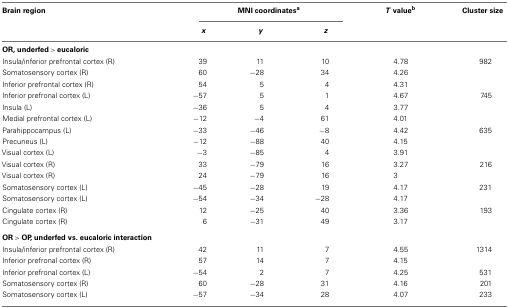
| Brain region | <COLSPAN=3> MNI coordinatesa | T valueb | Cluster size |
 |  | x | y | z |  |
 | --- | --- | --- | --- | --- | --- |
 | OR, underfed > eucaloric |
 | Insula/inferior prefrontal cortex (R) | 39 | 11 | 10 | 4.78 | 982 |
 | Somatosensory cortex (R) | 60 | −28 | 34 | 4.26 |  |
 | Inferior prefrontal cortex (R) | 54 | 5 | 4 | 4.31 |  |
 | Inferior prefronal cortex (L) | −57 | 5 | 1 | 4.67 | 745 |
 | Insula (L) | −36 | 5 | 4 | 3.77 |  |
 | Medial prefrontal cortex (L) | −12 | −4 | 61 | 4.01 |  |
 | Parahippocampus (L) | −33 | −46 | −8 | 4.42 | 635 |
 | Precuneus (L) | −12 | −88 | 40 | 4.15 |  |
 | Visual cortex (L) | −3 | −85 | 4 | 3.91 |  |
 | Visual cortex (R) | 33 | −79 | 16 | 3.27 | 216 |
 | Visual cortex (R) | 24 | −79 | 16 | 3 |  |
 | Somatosensory cortex (L) | −45 | −28 | 19 | 4.17 | 231 |
 | Somatosensory cortex (L) | −54 | −34 | −28 | 4.17 |  |
 | Cingulate cortex (R) | 12 | −25 | 40 | 3.36 | 193 |
 | Cingulate cortex (R) | 6 | −31 | 49 | 3.17 |  |
 | OR > OP, underfed vs. eucaloric interaction |
 | Insula/inferior prefrontal cortex (R) | 42 | 11 | 7 | 4.55 | 1314 |
 | Inferior prefronal cortex (R) | 57 | 14 | 7 | 4.15 |  |
 | Inferior prefronal cortex (L) | −54 | 2 | 7 | 4.25 | 531 |
 | Somatosensory cortex (R) | 60 | −28 | 31 | 4.16 | 201 |
 | Somatosensory cortex (L) | −57 | −34 | 28 | 4.07 | 233 |